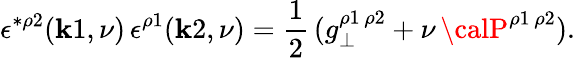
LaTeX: \epsilon^{*\rho2}(\mathbf{k}1,\nu)\, \epsilon^{\rho1}(\mathbf{k}2,\nu)=\frac{{1}}{{2}}\, (g_{\perp}^{\rho1\, \rho2}+\nu\, {\calP}^{\rho1\, \rho2}).